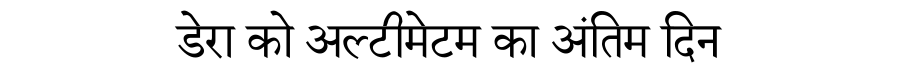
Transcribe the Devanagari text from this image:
डेरा को अल्टीमेटम का अंतिम दिन